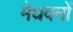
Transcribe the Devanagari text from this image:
मेघवनों